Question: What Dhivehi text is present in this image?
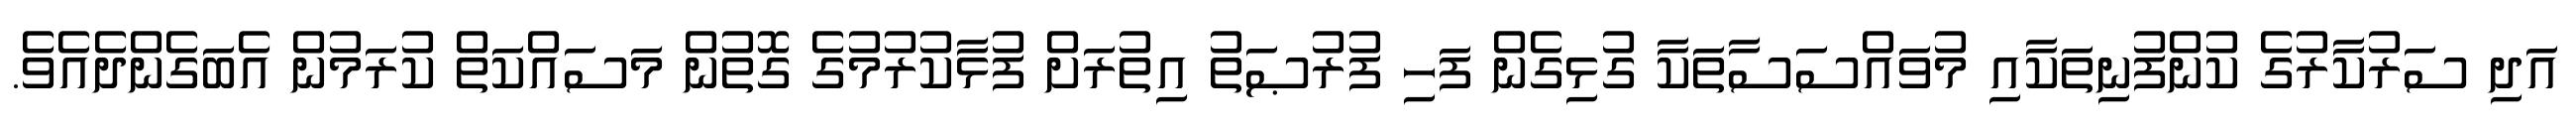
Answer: އަދި ސަރުކާރުގެ ކުންފުނިތަކާއި މުވައްސަސާތަކާ ގުޅިގެން ފަހި ފުރުޞަތު އިތުރަށް ފުޅާކުރުމުގެ ގޮތުން މަސައްކަތް ކުރަމުން އެބަގެންދެއެވެ.